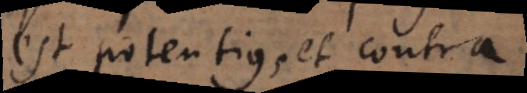
est potentius, et contra